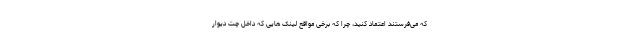
که می‌فرستند اعتماد کنید، چرا که برخی مواقع لینک هایی که داخل چت دیوار